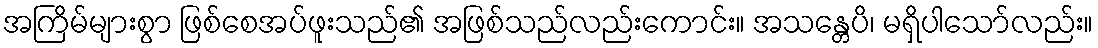
အကြိမ်များစွာ ဖြစ်စေအပ်ဖူးသည်၏ အဖြစ်သည်လည်းကောင်း။ အသန္တေပိ၊ မရှိပါသော်လည်း။